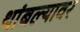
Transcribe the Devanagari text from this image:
थांबल्यावर